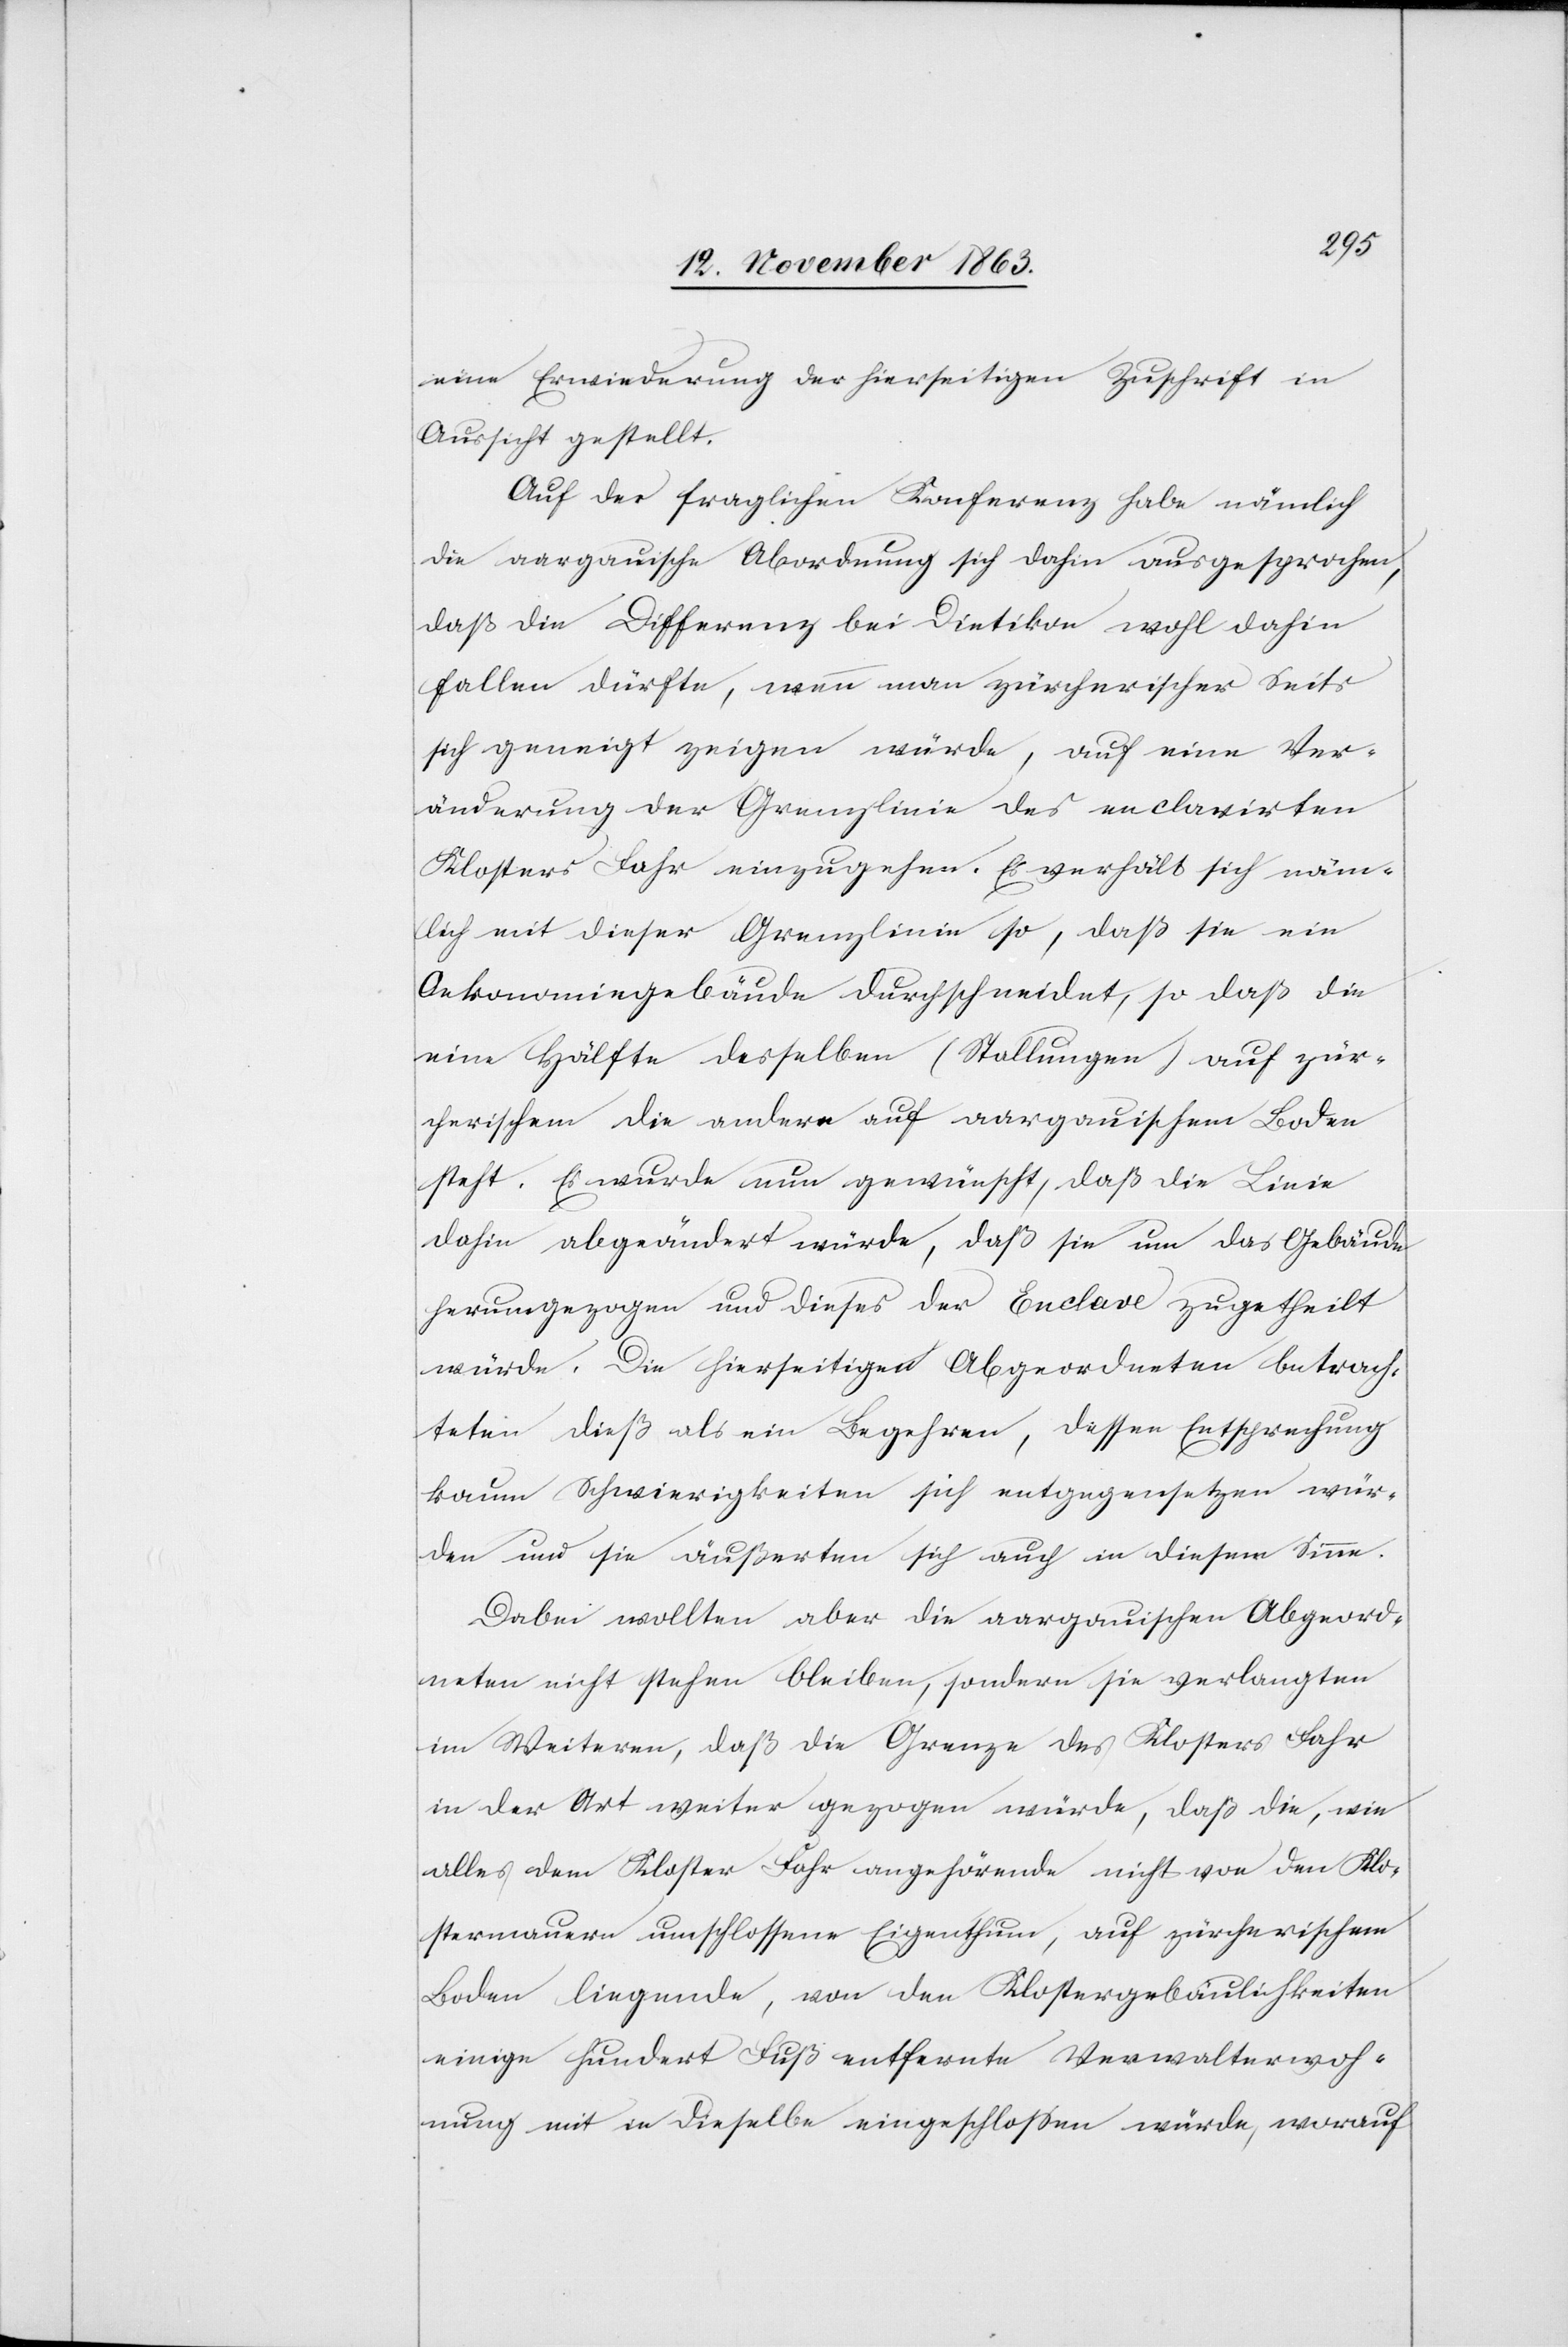
eine Erwiederung der hierseitigen Zuschrift in
Aussicht gestellt.
Auf der fraglichen Konferenz habe nämlich
die aargauische Abordnung sich dahin ausgesprochen,
daß die Differenz bei Dietikon wohl dahin
fallen dürfte, wenn man zürcherischer Seits
sich geneigt zeigen würde, auf eine Ver¬
änderung der Grenzlinie des enclavirten
Klosters Fahr einzugehen. Es verhält sich näm¬
lich mit dieser Grenzlinie so, daß sie ein
Oekonomiegebäude durchschneidet, so daß die
eine Hälfte desselben (Stallungen) auf zür¬
cherischem die andere auf aargauischem Boden
steht. Es wurde nun gewünscht, daß die Linie
dahin abgeändert würde, daß sie um das Gebäude
herumgezogen und dieses der Enclave zugetheilt
würde. Die hierseitigen Abgeordneten betrach¬
teten dieß als ein Begehren, dessen Entsprechung
kaum Schwierigkeiten sich entgegensetzen wür¬
den und sie äußerten sich auch in diesem Sinne.
Dabei wollten aber die aargauischen Abgeord¬
neten nicht stehen bleiben, sondern sie verlangten
im Weiteren, daß die Grenze des Klosters Fahr
in der Art weiter gezogen würde, daß die, wie
alles dem Kloster Fahr angehörende nicht von den Klo¬
stermauern umschlossene Eigenthum, auf zürcherischem
Boden liegende, von den Klostergebäulichkeiten
einige hundert Fuß entfernte Verwalterwoh¬
nung mit in dieselbe eingeschlossen würde, worauf